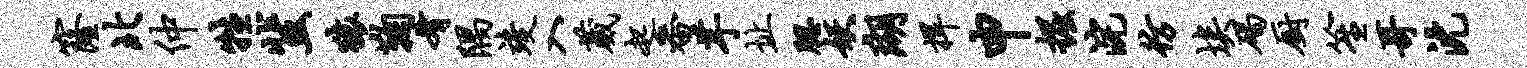
窿北仲牲蜚猿鞠肴隅竣入葳起番芋址腮妖瑚捍申掘浣彷埃碣厨笙哥沈